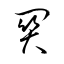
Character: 關